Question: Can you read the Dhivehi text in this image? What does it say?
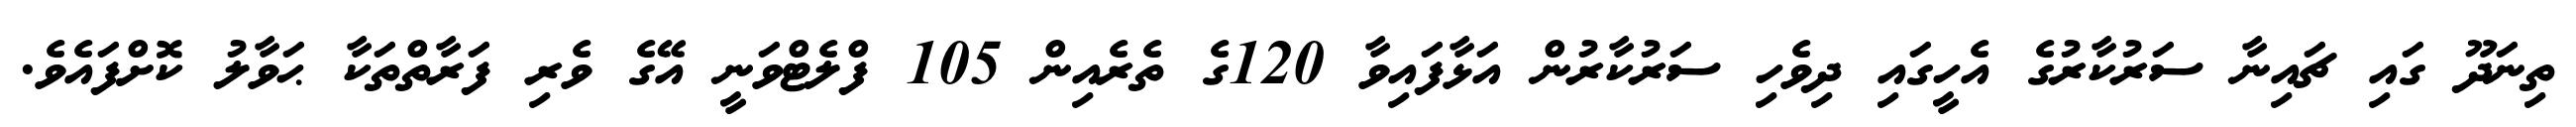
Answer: ތިނަދޫ ގައި ޗައިނާ ސަރުކާރުގެ އެހީގައި ދިވެހި ސަރުކާރުން އަޅާފައިވާ 120ގެ ތެރެއިން 105 ފްލެޓްވަނީ އޭގެ ވެރި ފަރާތްތަކާ ޙަވާލު ކޮށްފައެވެ.